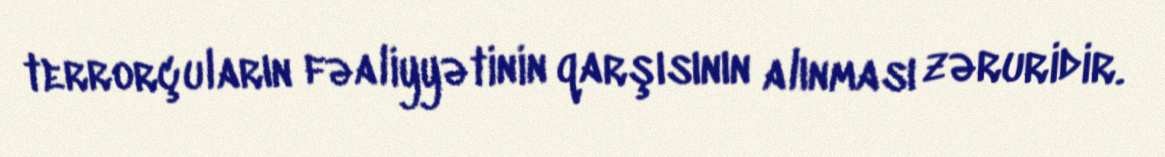
terrorçuların fəaliyyətinin qarşısının alınması zəruridir.